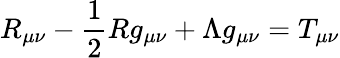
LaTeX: R_{\mu\nu}-{\frac{1}{2}}Rg_{\mu\nu}+\Lambda g_{\mu\nu}=T_{\mu\nu}